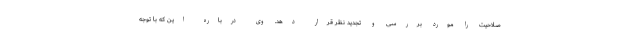
صلاحیت را مورد بررسی و تجدید نظر قرار دهد. وی درباره این که با توجه